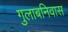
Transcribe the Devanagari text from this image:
गुलाबनिवास